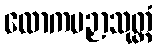
လောကပဉှာသုတ္တံ